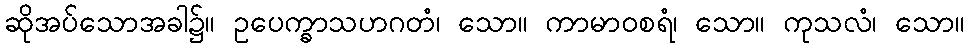
ဆိုအပ်သောအခါ၌။ ဥပေက္ခာသဟဂတံ၊ သော။ ကာမာဝစရံ၊ သော။ ကုသလံ၊ သော။